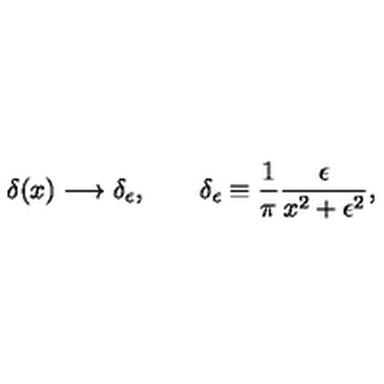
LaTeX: \delta ( x ) \longrightarrow \delta _ { \epsilon } , \qquad \delta _ { \epsilon } \equiv \frac { 1 } { \pi } \frac { \epsilon } { x ^ { 2 } + \epsilon ^ { 2 } } ,